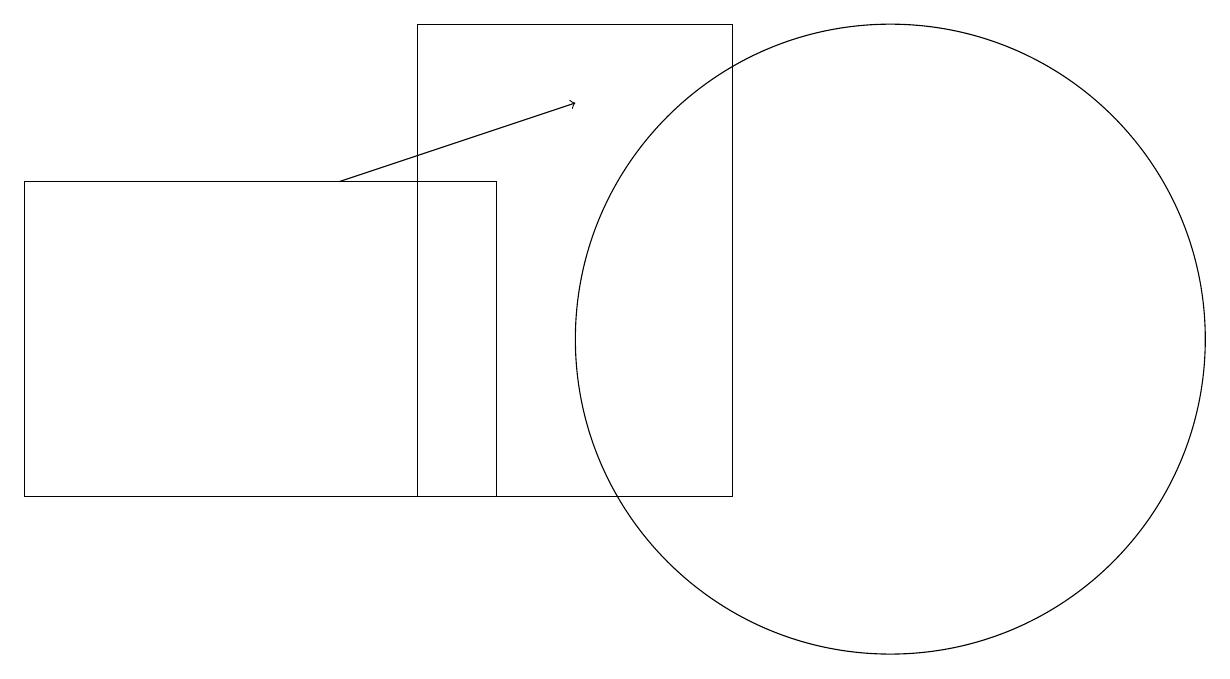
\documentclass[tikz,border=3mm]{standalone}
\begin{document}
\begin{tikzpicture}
\draw (5,16) rectangle (9,10);
\draw (0,14) rectangle (6,10);
\draw[->] (4,14) -- (7,15);
\draw (11,12) circle (4);
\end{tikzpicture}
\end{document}